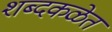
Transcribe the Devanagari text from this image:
शब्दकळेत